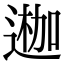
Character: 𨔣